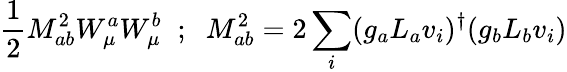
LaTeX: \frac{1}{2}M_{ab}^{2}W_{\mu}^{a}W_{\mu}^{b}\; \; ;\; \; M_{ab}^{2}=2\sum_{i}(g_{a}L_{a}v_{i})^{\dagger}(g_{b}L_{b}v_{i})